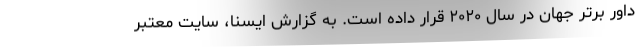
داور برتر جهان در سال ۲۰۲۰ قرار داده است. به گزارش ایسنا، سایت معتبر